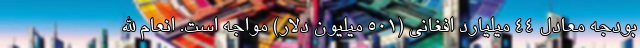
بودجه معادل ۴۴ میلیارد افغانی (۵۰۱ میلیون دلار) مواجه است. انعام الله